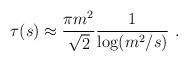
LaTeX: \begin{align*}\tau(s) \approx \frac{\pi m^2}{\sqrt{2}} \frac{1}{\log (m^2/s)} \ .\end{align*}